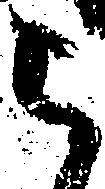
被